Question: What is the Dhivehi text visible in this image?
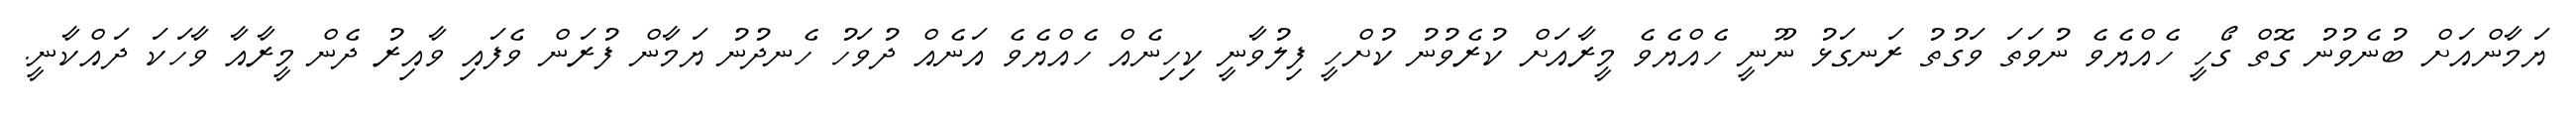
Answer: ޔަމާންއަށް ބުނެވުނު ގޮތް ގޯހީ ހެއްޔެވެ ނުވަތަ ވަގުތު ރަނގަޅު ނޫނީ ހެއްޔެވެ މީރާއަށް ކުރެވުނު ކުށްހީ ފިލުވާނީ ކިހިނެއް ހެއްޔެވެ އަނެއް ދުވަހު ހެނދުނު ޔަމާން ފުރަން ވެފައި ވާއިރު ދެން މީރާއާ ވާހަކަ ދައްކާނީ.